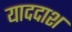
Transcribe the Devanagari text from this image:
याददाश